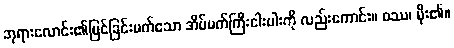
ဘုရားလောင်း၏မြင်ခြင်းမက်သော အိပ်မက်ကြီးငါးပါးကို လည်းကောင်း။ ဝဿ၊ မိုး၏။